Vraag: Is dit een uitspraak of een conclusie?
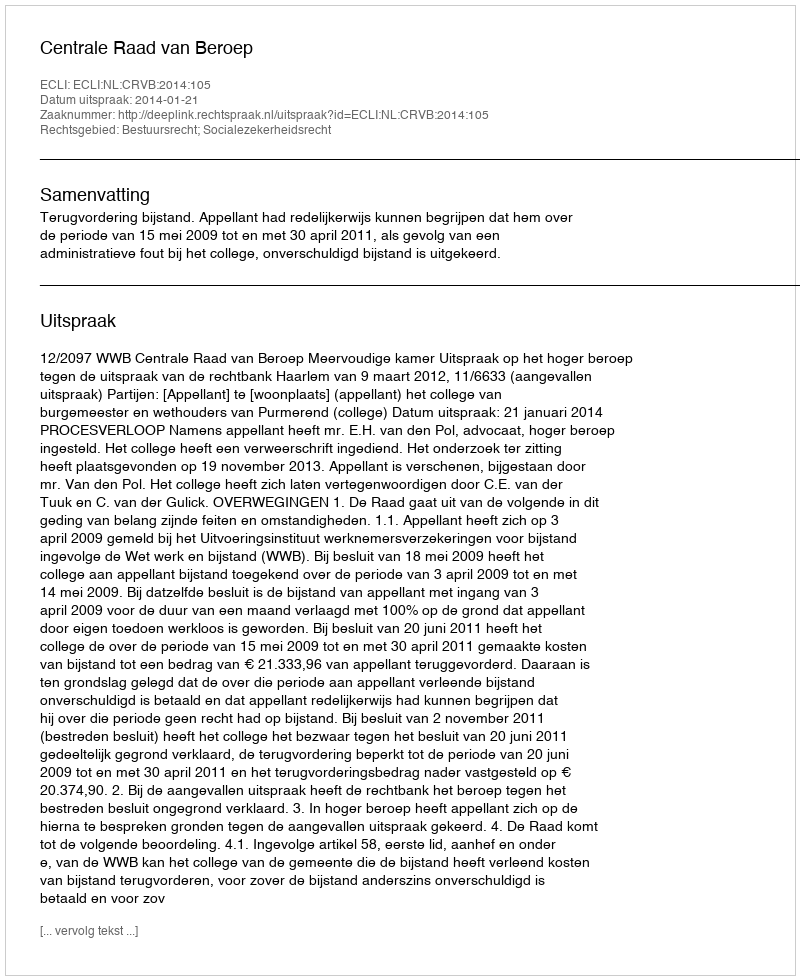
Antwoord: Uitspraak